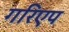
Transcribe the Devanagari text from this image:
गरिएप